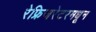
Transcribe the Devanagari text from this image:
रेफ्रिजरेटरमधून